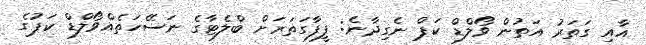
އާއި ގަތަރު އަތުން ވޯލްޑް ކަޕް ނެގިދާނެ: ފީފާގަތަރަށް ބްލެޓާގެ ނަސޭހަތެއްވޯލްޑް ކަޕުގެ